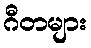
ဂီတများ